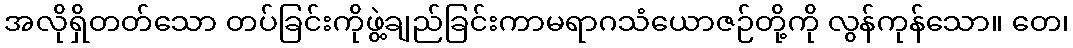
အလိုရှိတတ်သော တပ်ခြင်းကိုဖွဲ့ချည်ခြင်းကာမရာဂသံယောဇဉ်တို့ကို လွန်ကုန်သော။ တေ၊